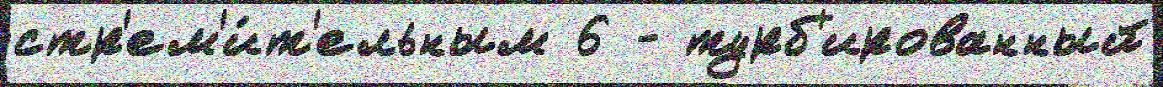
стр'ем'и́т'ельным 6 - турб'ированный